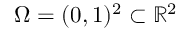
\Omega = ( 0 , 1 ) ^ { 2 } \subset \mathbb { R } ^ { 2 }